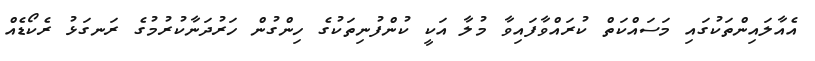
އެއާލައިންތަކުގައި މަސައްކަތް ކުރައްވާފައިވާ މުލާ އަކީ ކުންފުނިތަކުގެ ހިންގުން ހަރުދަނާކުރުމުގެ ރަނގަޅު ރެކޯޑެއް